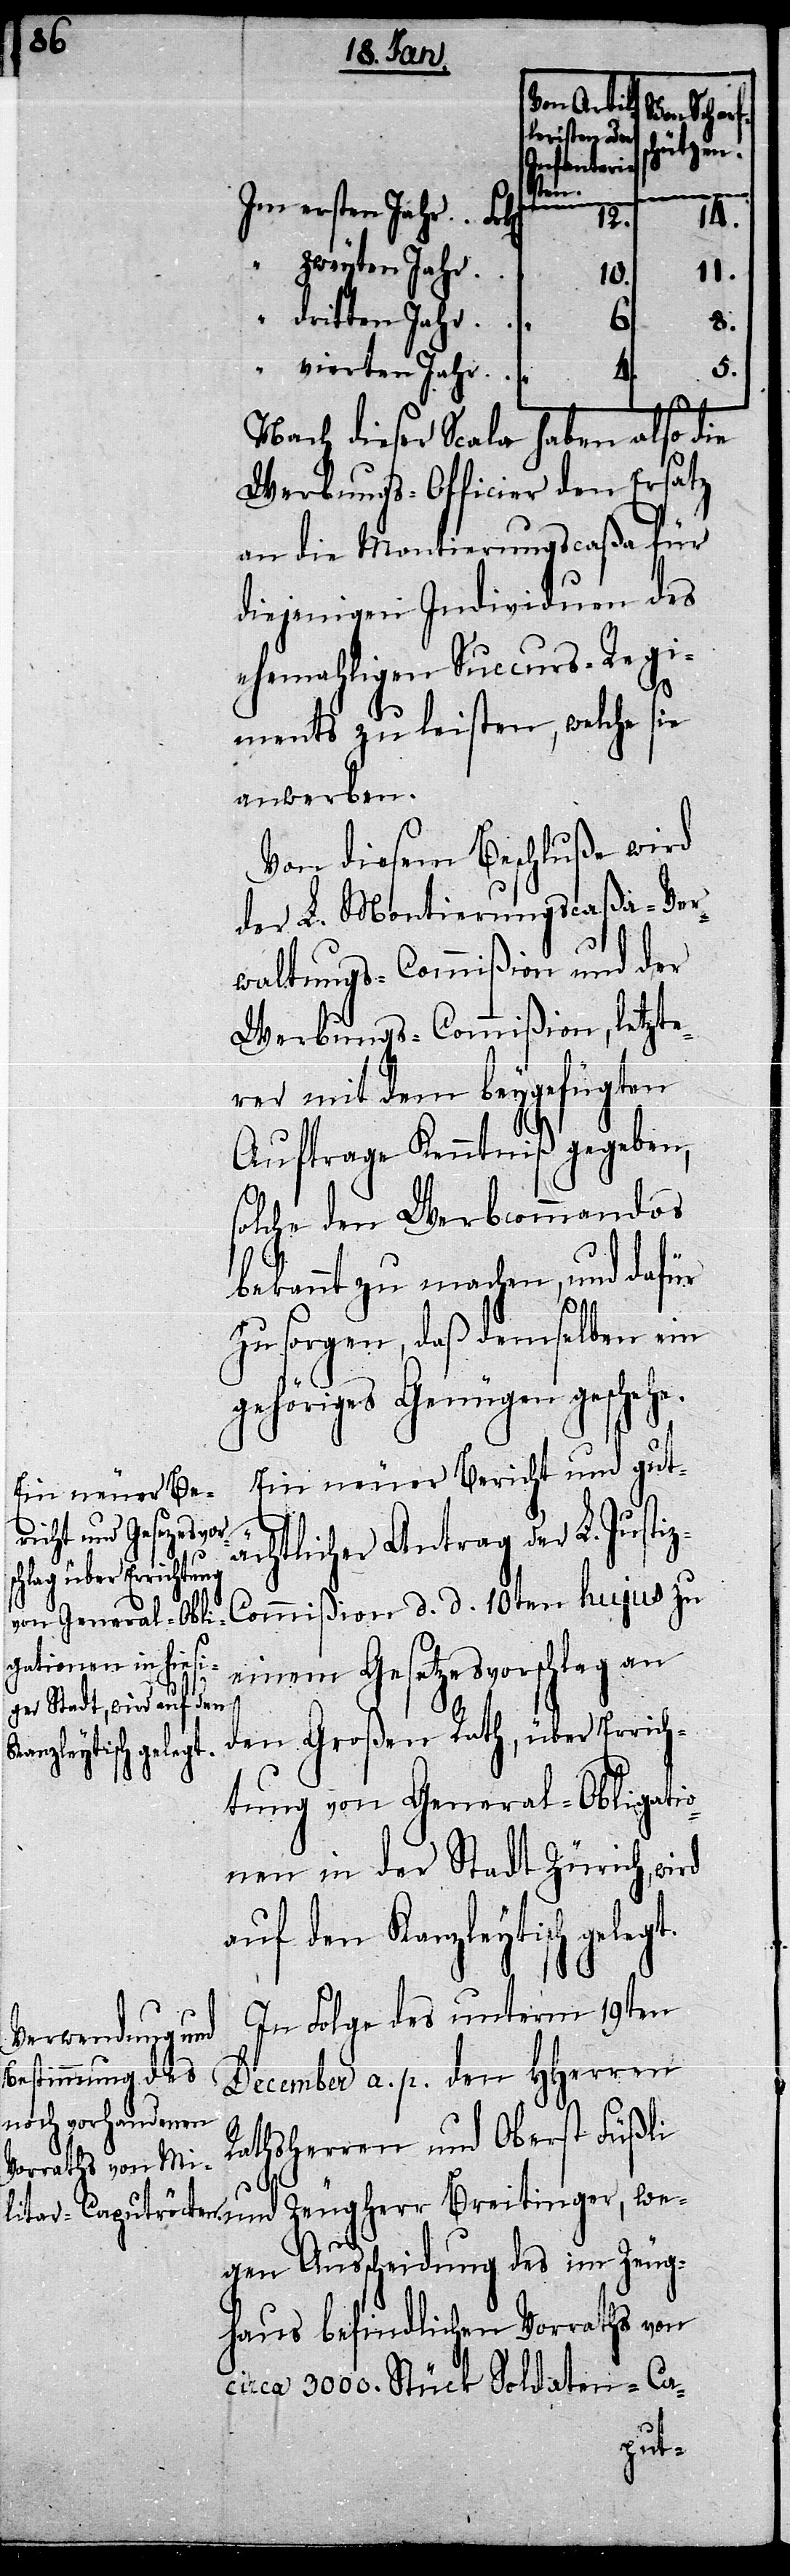
Von Artil¬
Von Scharf¬
leristen oder
chützen.
Breitinger,
we¬
s¬
Im ersten Jahr
4.
5.
„ vierten Jahr
11.
„ dritten Jahr
6.
Nach dieser Scala haben also die
Werbungs-Officier[e] den Ersatz
an die Montierungscaßa für
diejenigen Individuen des
ehemahligen Succurs-Regi¬
ments zu leisten, welche sie
anwerben.
Von diesem Beschluße wird
der L. Montierungscaßa-Ver¬
waltungs-Commißion und der
Werbungs-Commißion, letzte¬
rer mit dem beygefügten
Auftrage Kenntniß gegeben,
solche den Werbcommandos
bekannt zu machen, und dafür
zu sorgen, daß demselben ein
gehöriges Genügen geschehe.
Ein neuer Bericht und gut¬
ächtlicher Antrag der L. Justi¬
z-Commißion d. d. 10ten hujus zu
einem Gesetzesvorschlag an
den Großen Rath, über Errich¬
tung von General-Obligati¬
onen in der Stadt Zürich, wird
auf den Kanzleytisch gelegt.
In Folge des unterm 19ten
December a. p. den HHerren
Rathsherren und Oberst Füßli
gen Ausscheidung des im Zeug¬
haus befindlichen Vorraths von
circa 3000. Stück Soldaten-Ca-